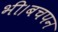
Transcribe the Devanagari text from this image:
भी।बचपन